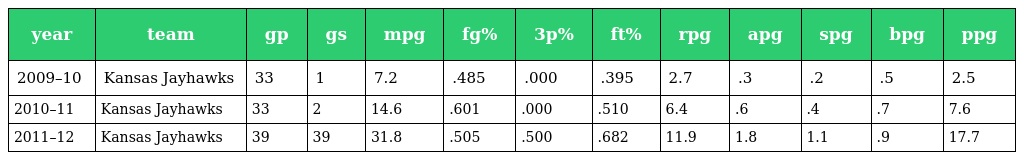
| year | team | gp | gs | mpg | fg% | 3p% | ft% | rpg | apg | spg | bpg | ppg |
 | --- | --- | --- | --- | --- | --- | --- | --- | --- | --- | --- | --- | --- |
 | 2009–10 | Kansas Jayhawks | 33 | 1 | 7.2 | .485 | .000 | .395 | 2.7 | .3 | .2 | .5 | 2.5 |
 | 2010–11 | Kansas Jayhawks | 33 | 2 | 14.6 | .601 | .000 | .510 | 6.4 | .6 | .4 | .7 | 7.6 |
 | 2011–12 | Kansas Jayhawks | 39 | 39 | 31.8 | .505 | .500 | .682 | 11.9 | 1.8 | 1.1 | .9 | 17.7 |